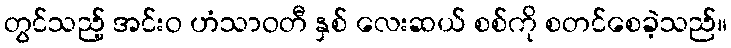
တွင်သည့် အင်းဝ ဟံသာဝတီ နှစ် လေးဆယ် စစ်ကို စတင်စေခဲ့သည်။